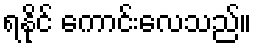
ရနိုင် ကောင်းလေသည်။